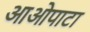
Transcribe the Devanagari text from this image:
आओपाटा